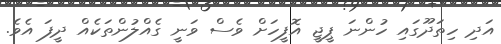
އަދި ހިތަދޫގައި ހުންނަ ޕީޖީ އޮފީހަށް ވެސް ވަނީ ގެއްލުންތަކެއް ދީފަ އެވެ.